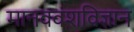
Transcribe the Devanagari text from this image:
मानववंशविज्ञान